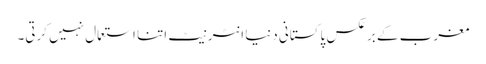
مغرب کے برعکس پاکستانی دنیا انٹرنیٹ اتنا استعمال نہیں کرتی۔